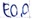
Text: E0.0